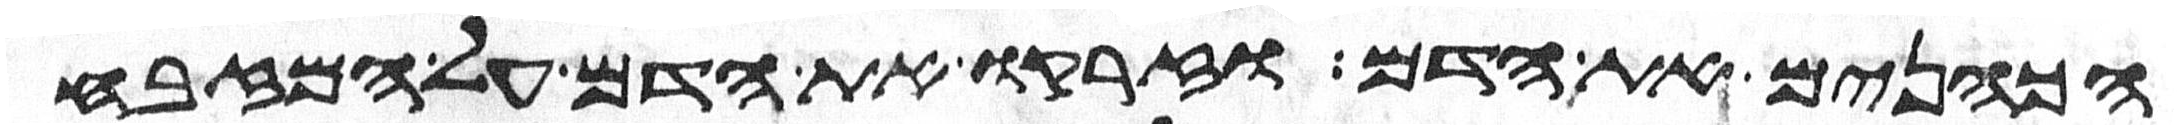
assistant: הכהנים את הדם וזרקו את הדם על המזבח